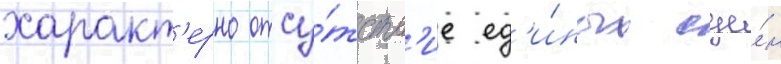
характ'ерно отсу́тств'ие ед'и́ных сце́н